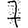
Digit: 7